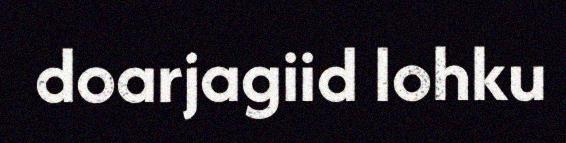
doarjagiid lohku